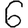
Digit: 6